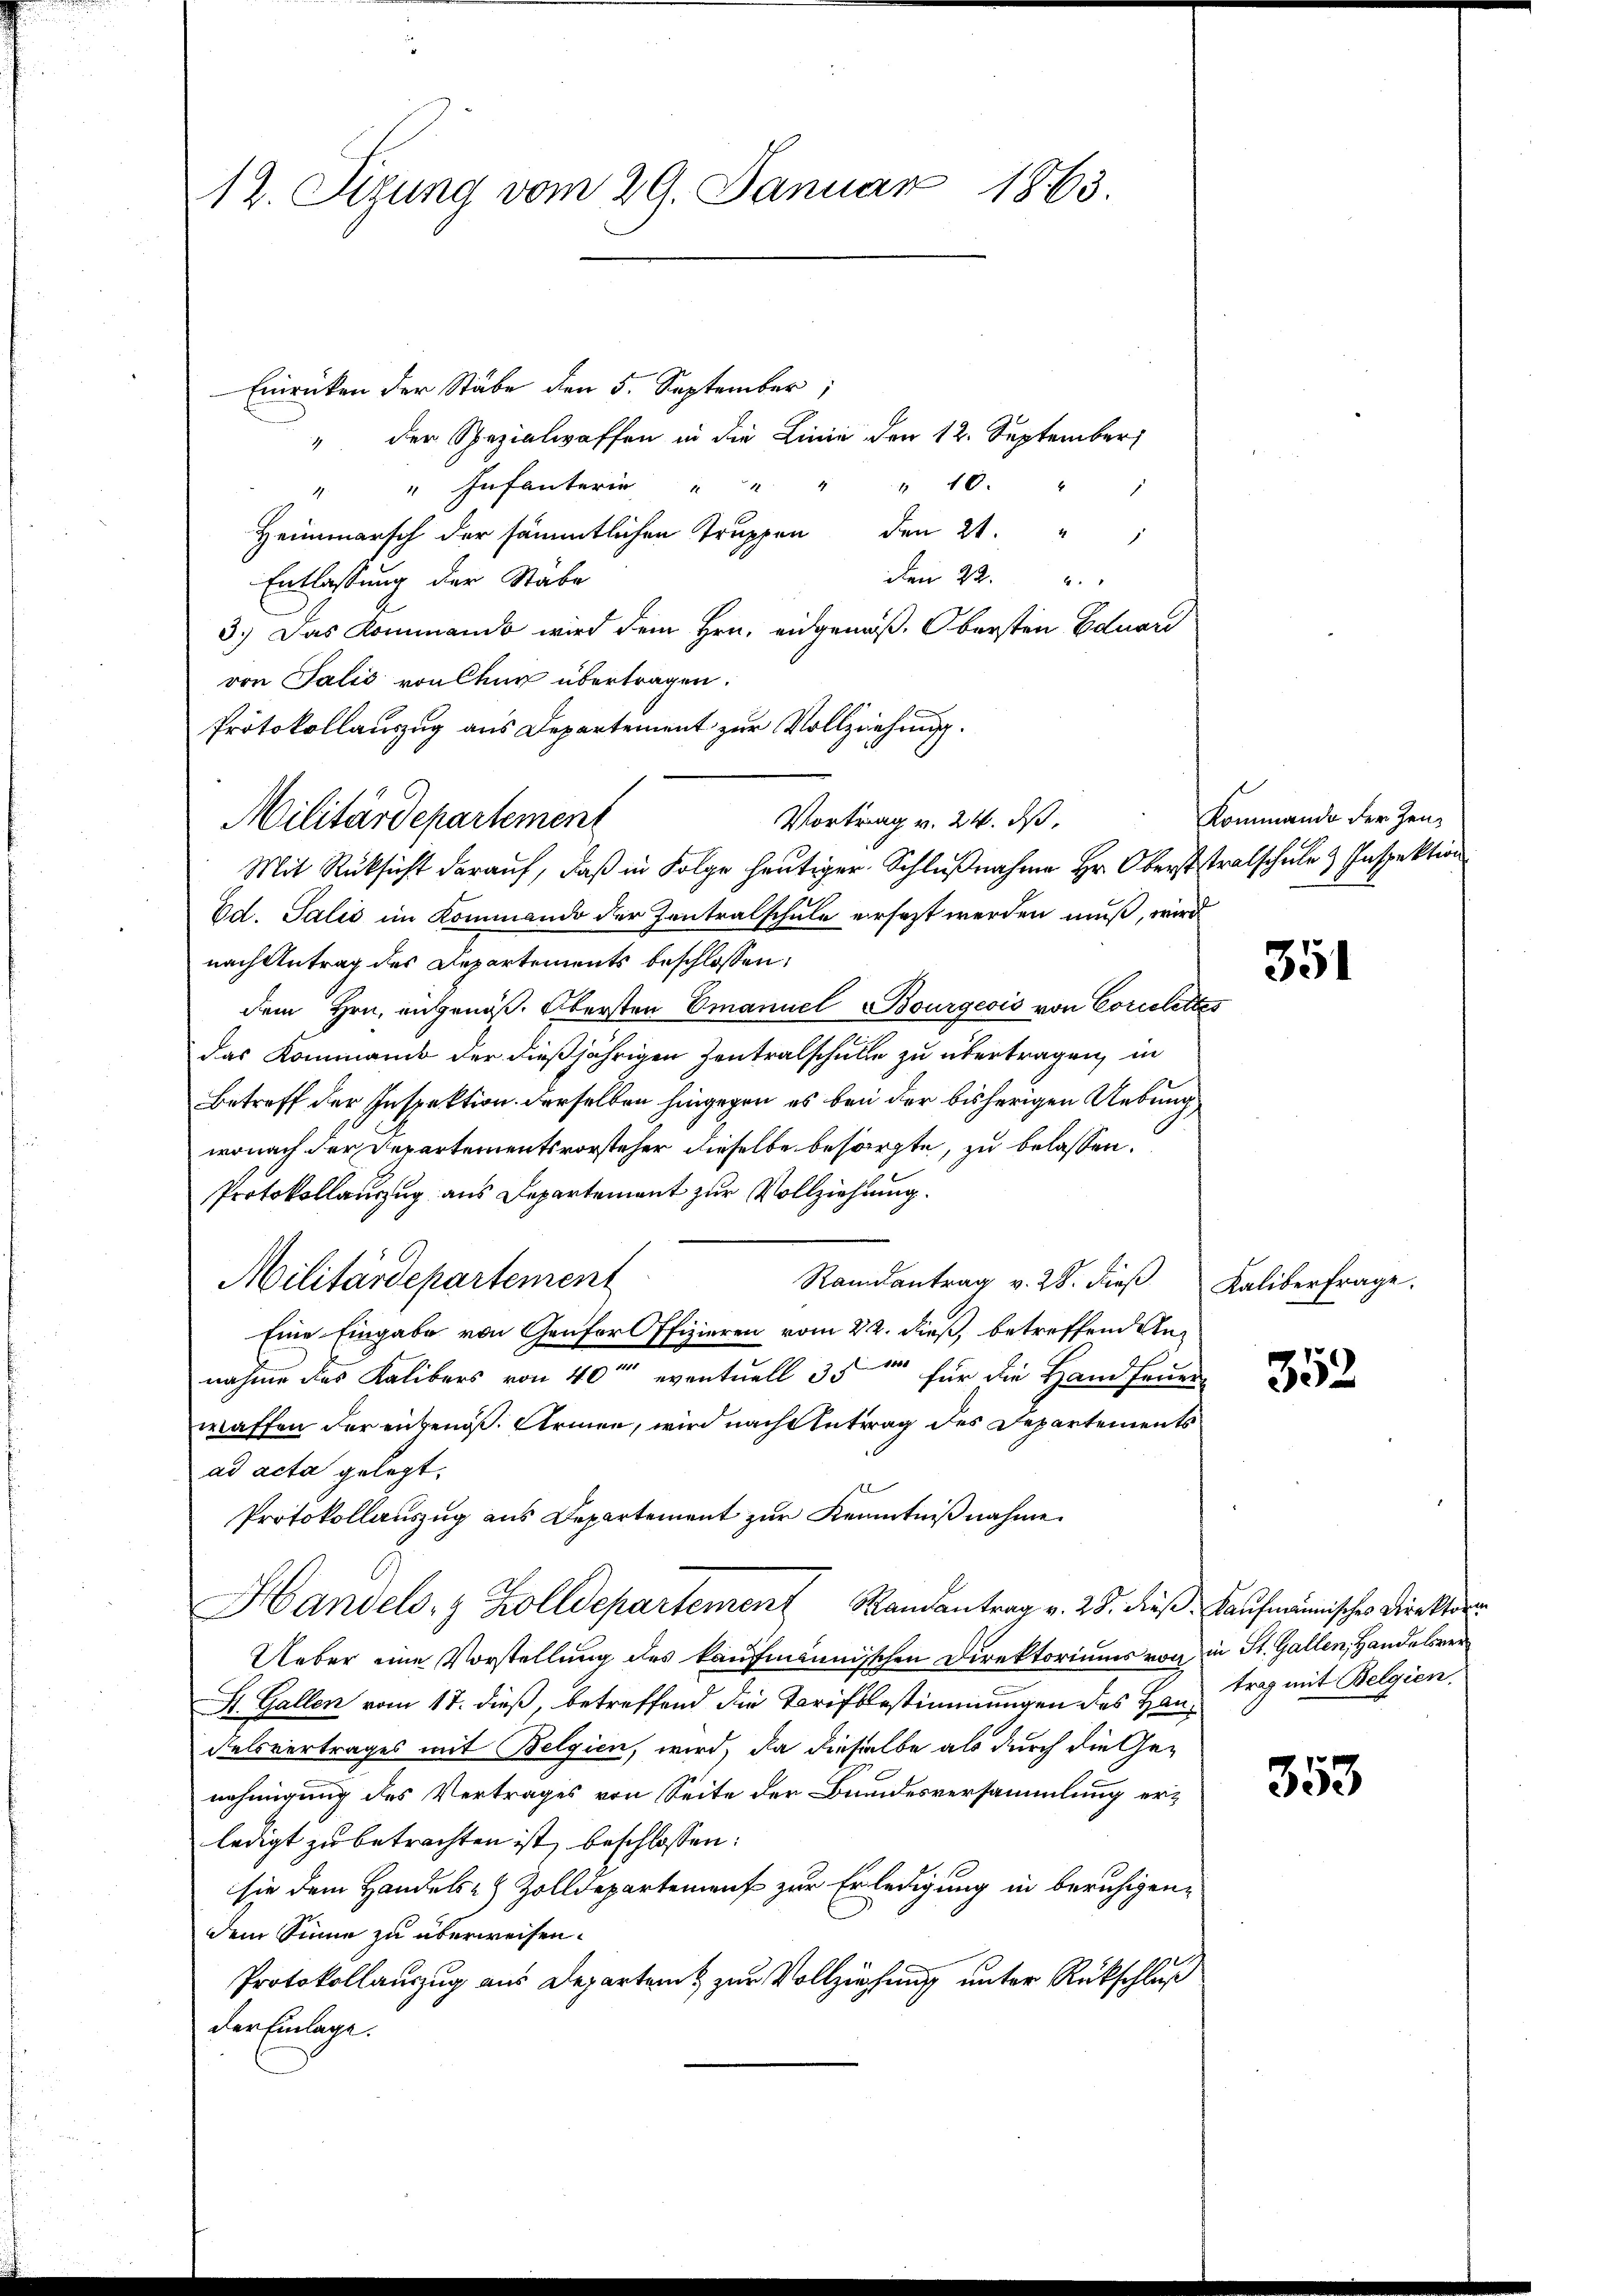
12. Sizung vom 29. Januar 1863.

Einrücken der Stäbe den 5. September
" der Spezialwaffen in die Linie den 12. September
" " Infanter " " " " 10. " "
Heimmarsch der sämmtlichen Truppen den 21. "
Den 22.
Entlassung der Stäbe
3.) Das Kommando wird dem Hrn. eidgenoß. Obersten Eduard
von Talić von Chur übertragen.
Protokollauszug aus Departement zur Vollzeichnung.
Vortrag v. 24. ds.
Mit Rücksicht darauf, daß in Folge heutiger Schlußnahme Hr. Oberstralschule & Inspektion
Ed. Salis im Kommando der Contralschule ersezt werden muß, wird
nach Antrag des Departements beschlossen:
dem Hrn. aufgenöß. Obersten Emanuel Bourgeois von Correlettes
das Kommando der dießjährigen Zentralschulle zu übertragen, in
Betreff der Inspektion derselben hingegen es bei der bisherigen Uebung
wonach der Departementsvorsteher dieselbe besorgte, zu belassen.
Protokollanzug aus Departement zur Vollziehung.
Militärdepartement
Ramantrag v. 28. dieβ Kaliber frage.
Eine Eingabe von Genforl ffizieren vom 22. dieß, betreffend Annahme das Kalibers von 40t eventuell 35 für die Handfeuer
waffen der eingenos. Armen, wird nach Antrag des Departements
ad acta gelegt.
Protokollauszug aus Departement zur Kenntnißnahme.
Handels- & Zolldepartement Randantrag v. 25. dieß Kaufmännisches Direktore
Ueber eine Vorstellung des kaufmännischen Direktoriums von in St. Gallen, Handelsver¬
St. Gallen vom 17. dieß, betreffend die Tarifsbestimmungen des Hand trag mit Belgien,
Felsvertrages mit Belgien, wird, da dieselbe als durch die Genehmigung des Vertrages von Seite der Bundesversammlung erledigt zu betrachten ist, beschlossen:
sie dem Handels- & Zolldepartement zur Erledigung in beruhigen-
dem Sinne zu überweisen.
Protokollauszug aus Departeit zur Vollziehung unter Rückschluß
der Einlage.

Militärdepartement

Kommando der Zeu¬

351

352

353